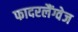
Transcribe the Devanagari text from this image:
फादरलैंग्वेज